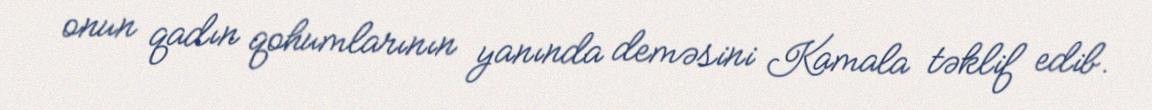
onun qadın qohumlarının yanında deməsini Kamala təklif edib.